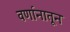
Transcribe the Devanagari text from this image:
वर्णानातून